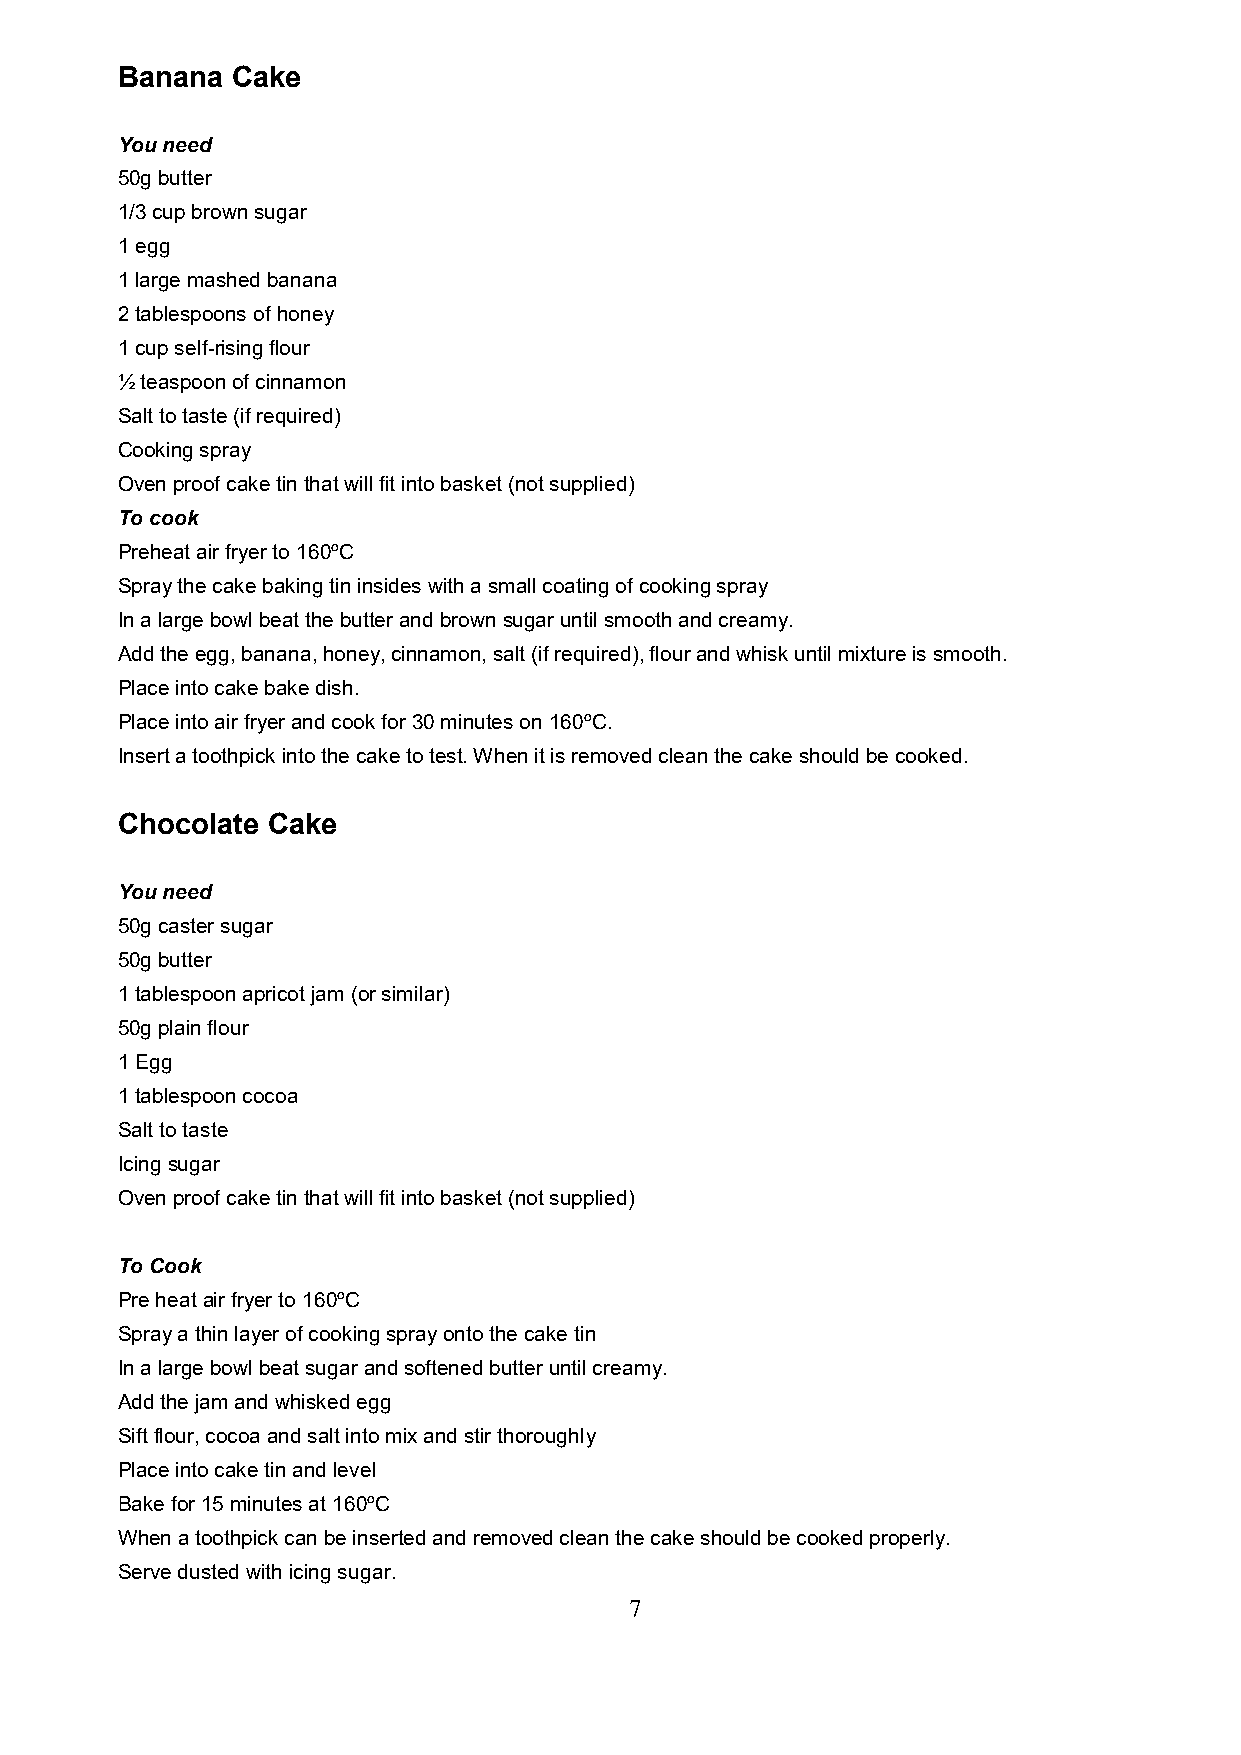
Banana Cake
 You need
 50g butter
 1/3 cup brown sugar
 1 egg
 1 large mashed banana
 2 tablespoons of honey
 1 cup self-rising flour
 ½ teaspoon of cinnamon
 Salt to taste (if required)
 Cooking spray
 Oven proof cake tin that will fit into basket (not supplied)
 To cook
 Preheat air fryer to 160ºC
 Spray the cake baking tin insides with a small coating of cooking spray
 In a large bowl beat the butter and brown sugar until smooth and creamy.
 Add the egg, banana, honey, cinnamon, salt (if required), flour and whisk until mixture is smooth.
 Place into cake bake dish.
 Place into air fryer and cook for 30 minutes on 160ºC.
 Insert a toothpick into the cake to test. When it is removed clean the cake should be cooked.
 Chocolate Cake
 You need
 50g caster sugar
 50g butter
 1 tablespoon apricot jam (or similar)
 50g plain flour
 1 Egg
 1 tablespoon cocoa
 Salt to taste
 Icing sugar
 Oven proof cake tin that will fit into basket (not supplied)
 To Cook
 Pre heat air fryer to 160ºC
 Spray a thin layer of cooking spray onto the cake tin
 In a large bowl beat sugar and softened butter until creamy.
 Add the jam and whisked egg
 Sift flour, cocoa and salt into mix and stir thoroughly
 Place into cake tin and level
 Bake for 15 minutes at 160ºC
 When a toothpick can be inserted and removed clean the cake should be cooked properly.
 Serve dusted with icing sugar.
 7